Report on plague in the Punjab from October 1st ... to September 30th ..., being the ... season of plague in the province
Disease focus: Plague
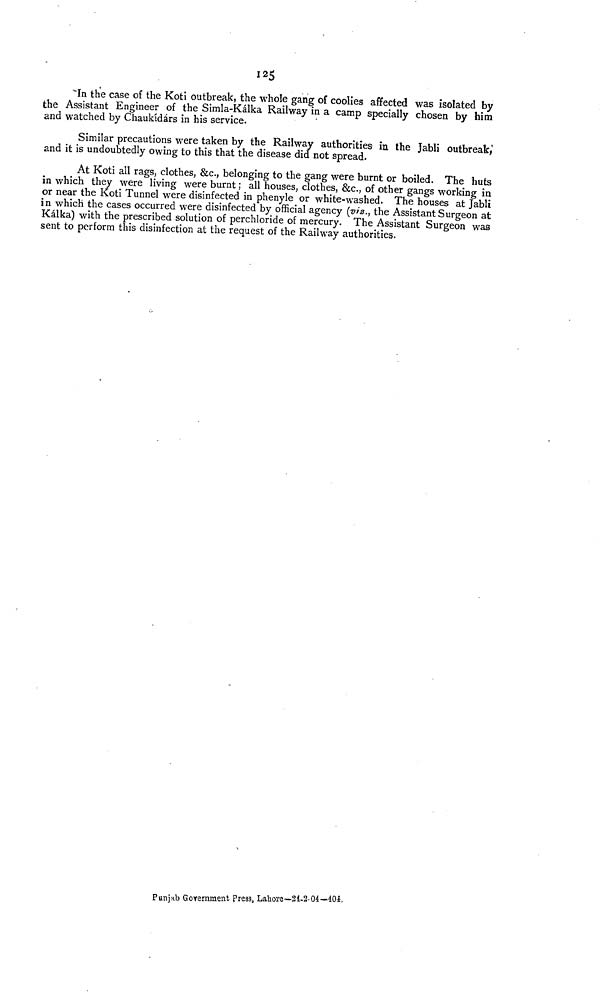
125
"In the case of the Koti outbreak, the whole gang of coolies affected was isolated by
the Assistant Engineer of the Simla-Kálka Railway in a camp specially chosen by him
and watched by Chaukídárs in his service.
Similar precautions were taken by the Railway authorities in the Jabli outbreak, 1
and it is undoubtedly owing to this that the disease did not spread.
At Koti all rags, clothes, &c, belonging to the gang were burnt or boiled. The huts
in which they were living were burnt ; all houses, clothes, &c, of other gangs working in
or near the Koti Tunnel were disinfected in phenyle or white-washed. The houses at Jabli
in which the cases occurred were disinfected by official agency (vis., the Assistant Surgeon at
Kálka) with the prescribed solution of perchloride of mercury. The Assistant Surgeon was
sent to perform this disinfection at the request of the Railway authorities.
Punjab Government Press Lahore—21-2-04—404,